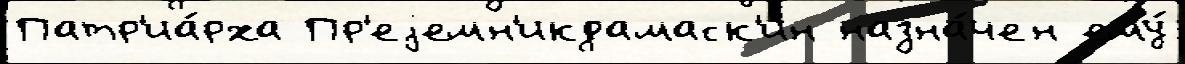
Патр'иа́рха Пр'еjемн'икдамаск'ин назна́чен ему́